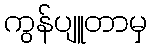
ကွန်ပျူတာမှ